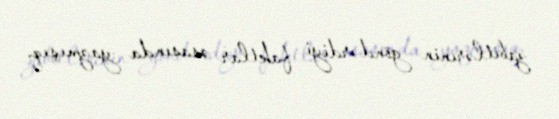
zabitlərinin göndərdiyi faktlar əsasında yazmışıq.